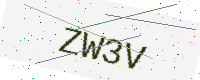
Text: ZW3V